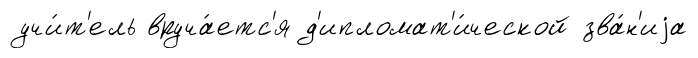
учи́т'ель вруча́етс'я д'ипломат'и́ческой зва́н'иjа